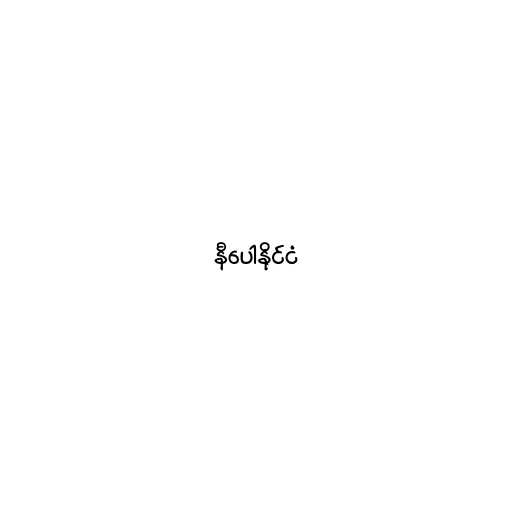
နီပေါနိုင်ငံ